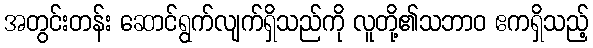
အတွင်းတန်း ဆောင်ရွက်လျက်ရှိသည်ကို လူတို့၏သဘာဝ ဧကရှိသည့်